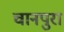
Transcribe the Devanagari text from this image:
चानपुरा